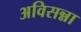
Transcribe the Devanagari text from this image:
अविसन्ना